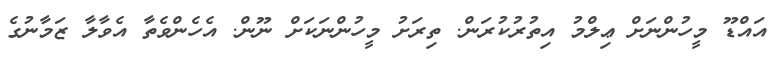
އައްޑޫ މީހުންނަށް ޢިލްމު އިތުރުކުރަން. ތިރަށު މީހުންނަކަށް ނޫން. އެހެންވެތާ އެވާލާ ޒަމާނުގެ